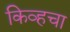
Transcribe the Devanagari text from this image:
किव्हचा